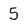
Character: 5